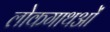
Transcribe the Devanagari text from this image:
लोकगाथओं